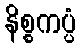
နိစ္စကပ္ပံ